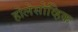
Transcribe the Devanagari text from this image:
होलेसोव्हिक